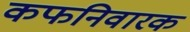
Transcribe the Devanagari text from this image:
कफनिवारक